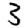
Digit: 3